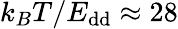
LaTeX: k_{B}T/E_{\mathrm{dd}}\approx 28